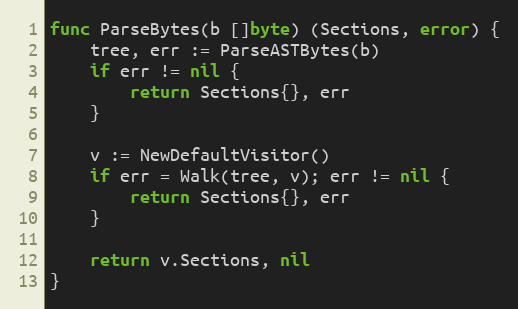
Language: Go
func ParseBytes(b []byte) (Sections, error) {
	tree, err := ParseASTBytes(b)
	if err != nil {
		return Sections{}, err
	}

	v := NewDefaultVisitor()
	if err = Walk(tree, v); err != nil {
		return Sections{}, err
	}

	return v.Sections, nil
}